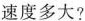
速度多大?